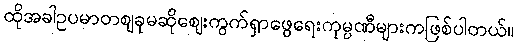
ထိုအခါဥပမာတစျခုမဆိုစျေးကွက်ရှာဖွေရေးကုမ္ပဏီများကဖြစ်ပါတယ်။